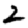
Digit: 2